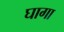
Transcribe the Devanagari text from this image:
घागा